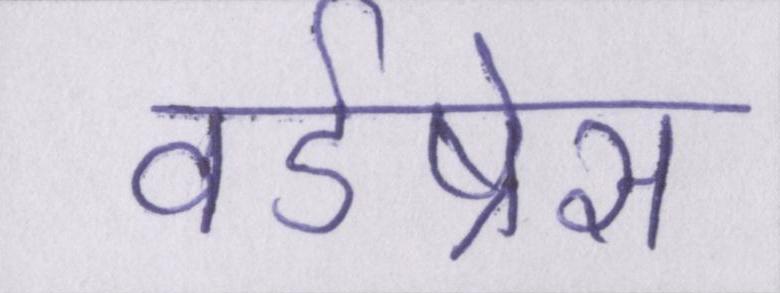
वर्डप्रेस